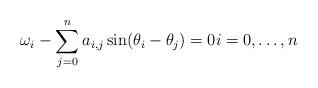
LaTeX: \begin{align*} \omega_i - \sum_{j=0}^{n} a_{i,j} \sin(\theta_{i}-\theta_{j}) = 0 i = 0,\dots,n \end{align*}